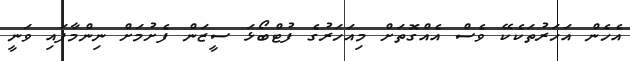
އެހެން އަހަރުތަކެކޭ ވެސް އެއްގޮތަށް މިއަހަރުގެ ފުޓްބޯޅަ ސީޒަން ފެށުމަށް ނިންމާފައި ވަނީ